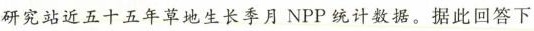
研究站近五十五年草地生长季月NPP统计数据。据此回答下